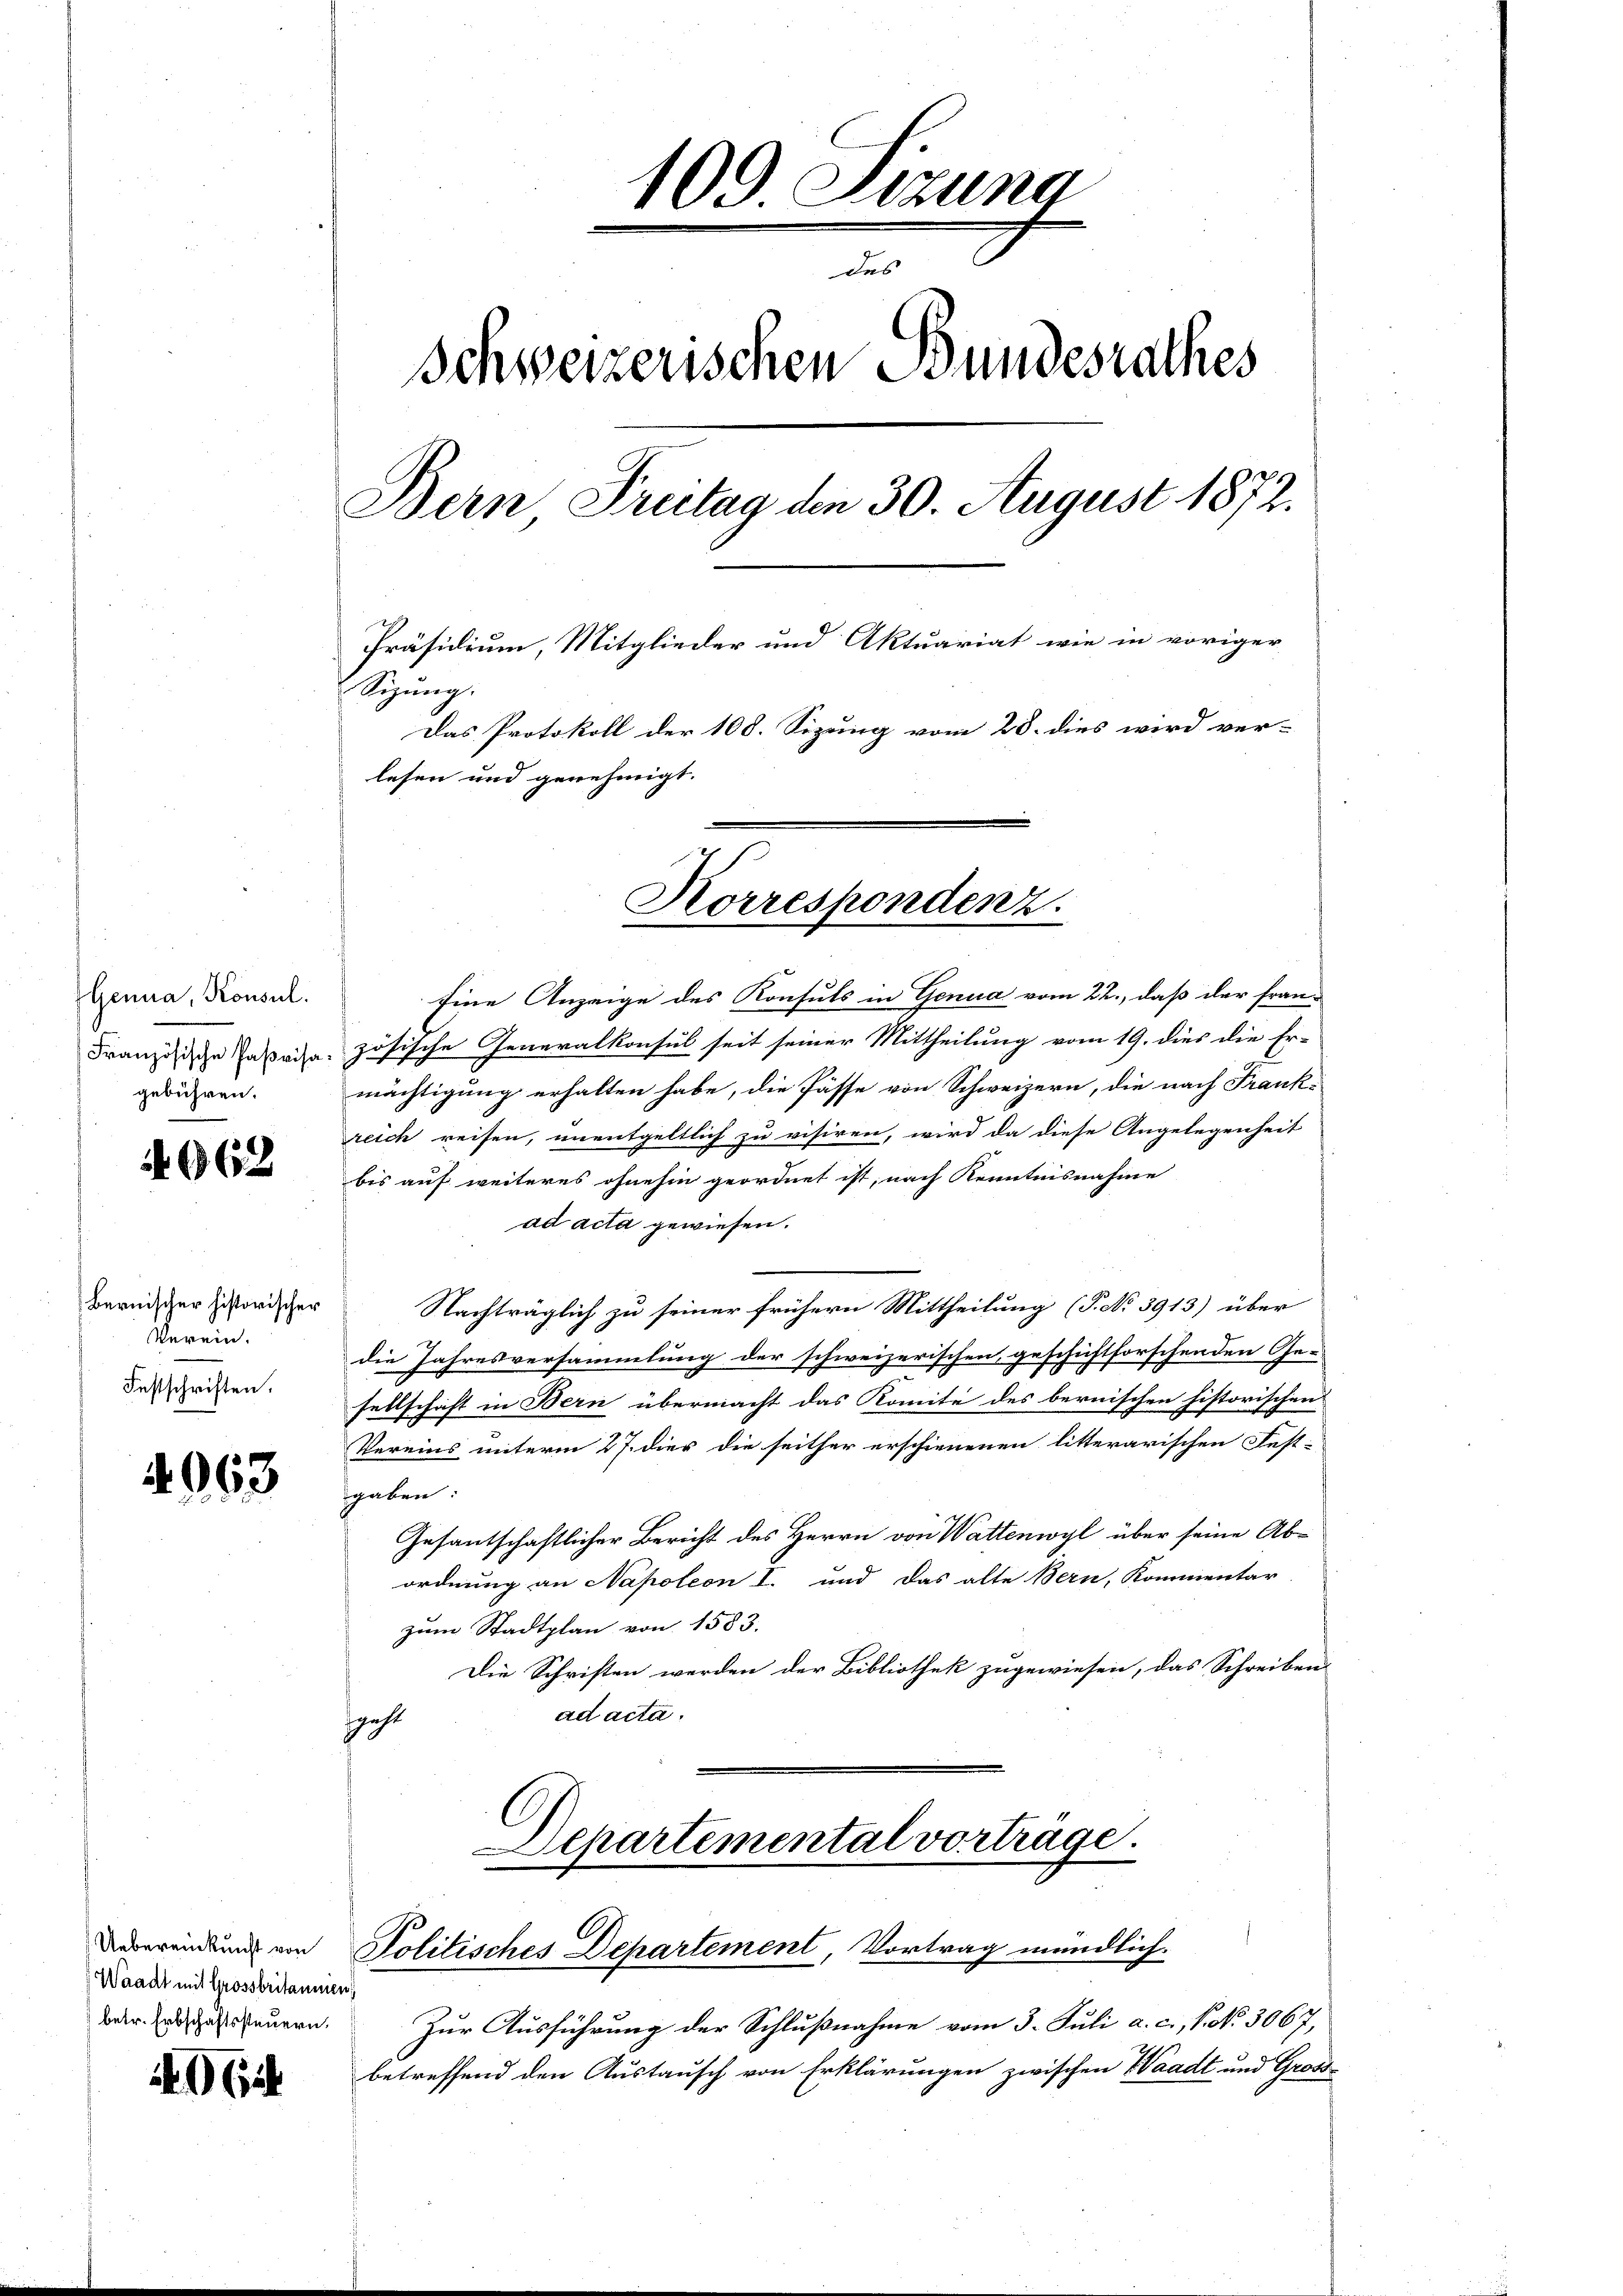
Genua, Konsul.
gebühren.

4962

Bernischer historischer
Verein.
Festschriften.

4963

Eine Anzeige des Konsuls in Genua vom 22., daß der fran-
Französische Fabriza-zösische Generalkonsul seit seiner Mittheilung vom 19. dies die Er-
mächtigung erhalten habe, die Pässe von Schweizern, die nach Frankreich reisen, unentgeltlich zu visiren, wird da diese Angelegenheit
bis auf weiteres ohnehin geordnet ist, nach Kenntnisnahme
ad acta gewiesen.
Nachträglich zu seiner frühern Mittheilung (P. No 3913) über
sichtforschenden Gedie Jahresversammlung der schweizerischen ge-
sellschaft in Bern übermacht das Komite des bernischen historischen
Vereins unterm 27. dies die seither erschienenen litterarischen Fest-
gaben:
Gesantschaftlicher Bericht des Herrn von Wattenwyl über seine Abordnung an Napoleon I. und das alte Bern, Kommentar
zum Stadtplan von 1583.
Die Schriften werden der Bibliothek zugewiesen, das Schreiben
ad acta.
geht
Departemental vorträge.

Uebereinkunft von
Waadt mit Grossbritanenen
betr. Erbschaftssteuern.

40Gif

109 Setzung
des
Schweizerischen Bundesrathes
Bern Freitag den 30. August 1872.
Präsidium, Mitglieder und Aktuariat wie in voriger
Sizung.
Das Protokoll der 108. Sizung vom 28. dies wird ver-
lesen und genehmigt.

Korrespondenz.

Politisches Departement, Vortrag mündlich.

.
Zur Ausführung der Schlußnahme vom 3. Juli a. c., P. No. 3067,
betreffend den Austausch von Erklärungen zwischen Waadt und Gross-